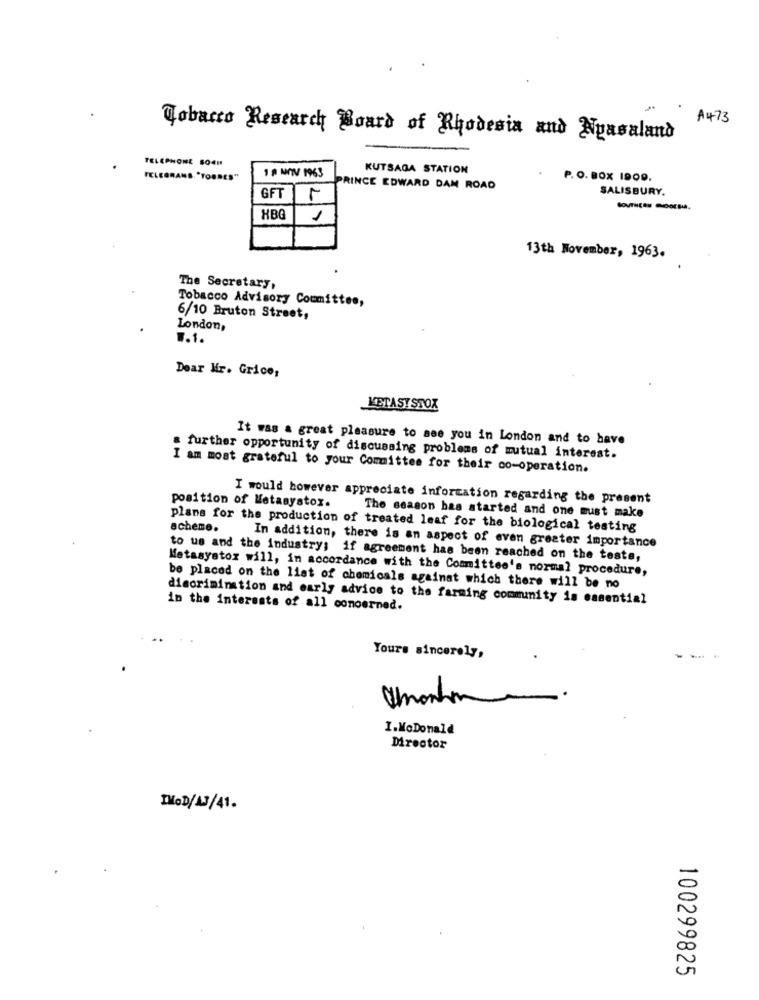
A473
Tobacco Research Board of Rhodesia and Nyasaland
TELEPHONE SO4H
1 9 NOV 1963
KUTSAGA STATION
PELEGRANS "TORRES"
. P.O. BOX 1909.
RINCE EDWARD DAM ROAD
SALISBURY.
GFT
HBG
1
13th November, 1963.
The Secretary,
Tobacco Advisory Committee,
6/10 Bruton Street,
London,
1.1.
Dear Mr. Grice,
KETAST STOX
It was a great pleasure to see you in London and to have
a further opportunity of discussing problems of mutual interest.
I am most grateful to your Committee for their co-operation.
I would however appreciate information regarding the present
position of Metanyatox.
The season has started and one must make
plans for the production of treated leaf for the biological testing
scheme.
In addition, there is an aspect of even greater importance
to us and the industry; if agreement has been reached on the tests,
Metasyatoz will, in accordance with the Committee's normal procedure,
be placed on the list of chemicals against which there will be no
discrimination and early advice to the farming commuity is essential
in the interests of all concerned.
Yours sincerely,
I.MoDonald
Director
IMOD/13/41.
100299825